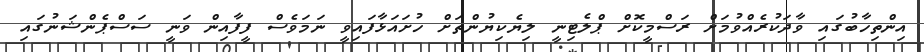
އިންތިހާބުގައި ވާދަކުރެއްވުމަށް ރަސްމީކޮށް ޕްލެޓިނީ ލިޔެކިޔުންތަށް ހުށައަޅާފައިވީ ނަމަވެސް ފީފާއިން ވަނީ ސަސްޕެންޝަނުގައި